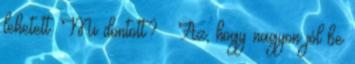
lehetett. Mi döntött? – Az, hogy nagyon jól be